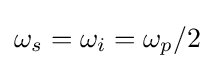
\omega _{s}=\omega _{i}=\omega _{p}/2